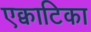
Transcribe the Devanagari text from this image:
एक्वाटिका